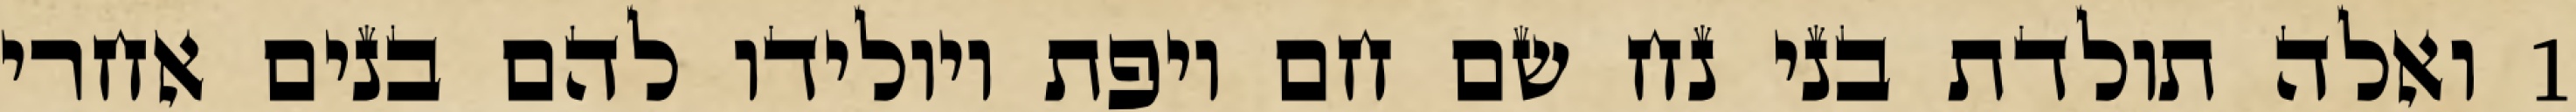
1 ואלה תולדת בני נח שם חם ויפת ויולידו להם בנים אחרי